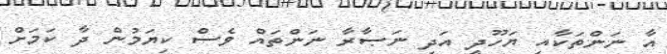
އާ ނަންތަކާއި ޔަހޫދީ އަދި ނަޞާރާ ނަންތައް ވެސް ކިޔަމުން ދާ ކަމަށް